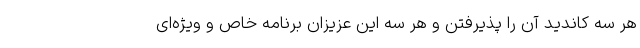
هر سه کاندید آن را پذیرفتن و هر سه این عزیزان برنامه خاص و ویژه‌ای